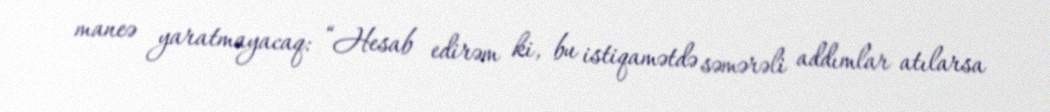
maneə yaratmayacaq: “Hesab edirəm ki, bu istiqamətdə səmərəli addımlar atılarsa